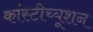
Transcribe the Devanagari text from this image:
कांस्टीच्यूशन